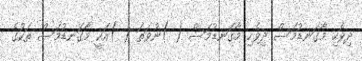
ދިވެހި މާގަނޑުމަސް ދިވެހި މާގަނޑުމަސް ( )ނުވަތަ ( )އަކީ މާގަނޑުމަސް ތަކުގެ